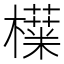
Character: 𬅅